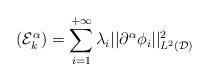
LaTeX: \begin{align*}(\mathcal{E}_k^{\alpha}) = \sum_{i=1}^{+\infty}\lambda_i||\partial^{\alpha}\phi_i||_{L^2(\mathcal{D})}^2\end{align*}